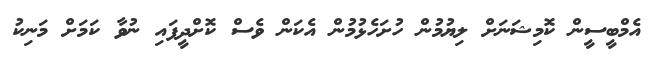
އެމްބީސީން ކޮމިޝަނަށް ލިޔުމުން ހުށަހެޅުމުން އެކަން ވެސް ކޮށްދީފައި ނުވާ ކަމަށް މަނިކު